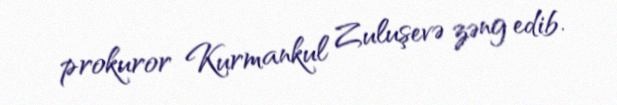
prokuror Kurmankul Zuluşevə zəng edib.